Annual report on the working of the lock hospitals in the Central Provinces
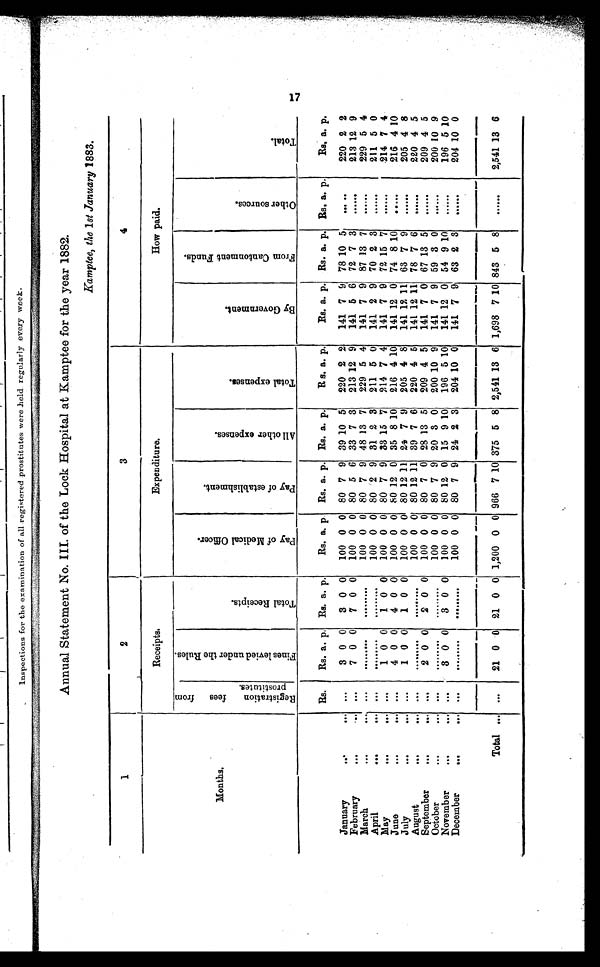
inspections for the examination of all -registered prostitutes were held regularly every week.
Annual Statement No. III. of the Lock Hospital at Kamtee for the year 1882.
Kamptee, the 1 st January 1883.
1
2
3
4
Months. .
Receipts.
Expenditure.
How paid.
R e g i s t r a t i o n f e e s f r o m p r o s t i t u t e s .
F i n e s l e v i e d u n d e r t h e R u l e s .
.
Total Receipts
P a y o f M e d i c a l O f f i c e r .
P a y o f e s t a b l i s h m e n t .
A l l o t h e r e x p e n s e s .
T o t a l e x p e n s e s .
B y G o v e r n m e n t .
F r o m C a n t o n m e n t F u n d s .
O t h e r S o u r c e s .
T o t a l .
Rs.
Rs. a p. Rs. a. p.
Rs. a. p Rs. a. p. Rs. a. p.
R s. a. p.
Rs. a. p. Rs. a. p. Rs. a. p.
Rs. a. p.
January
. . .
... ...
3 0 0
3 0 0
100 0 0 80 7 9 39 10 5
220 2 2
141 7 9 78 10 5
.....
220 2 2
February
. . .
... ...
7 0 0
7 0 0
100 0 0 80 5 6 33 7 3
213 12 9
141 5 6 72 7 3
......
213 12 9
March
–.
.– –.
100 0 0 80 7 9 48 13 7
229 5 4
141 7 9 87 13 7
......
229 5 4
April
. . .
. . . ...
100 0 0 80 2 9 31 2 3 211 5 0
141 2 9 70 2 3
......
211 5 0
May
004
. 0 .
.. . t
1 0 0
1 0 0
100 0 0 80 7 9 33 15 7 214 7 4
141 7 9 72 15 7
......
214 7 4
June
...
4 0 0
4 0 0
100 0 0 80 12 0 35 8 10
216 4 10
141 12 0 74 8 10
.....
216 4 10
July
. . .
... ...
1 0 0
1 0 0
100 0 0 80 12 11 21 7 9
205 4 8
141 12 11 63 7 9
......
205 4 8
August
–
.
–
100 0 0 80 12 11 39 7 6
220 4 5
141 12 11 78 7 6
......
220 4 5
September
...
... ...
2 0 0
2 0 0
100 0 0 80 7 0 28 13 5 209 4 5
141 7 0 67 13 5
......
209 4 5
October
–.
.– –.
–.–.–.
100 0 0 80 7 9 20 3 0
200 10 9
141 7 9 59 3 0
......
200 10 9
November
...
... ...
3 0 0
3 0 0
100 0 0 80 12 0 15 9 10
196 5 10
141 12 0 54 9 10
.. . ...
196 5 10
December
...
.– –.
100 0 0
.........
80
Omme..........
7 9 24 2 3
MilliSCOMIlilln
20410 0
"me
141
....m. ..................
7 9 63
–
2 3
......
.....
204 10 0
Total ...
..
. . .n
n
. . .n
...
..1n0
21 0
ammo.
0
amarn.n . .
n
21 0
...
0
.— ...N.n11; n
1,200 0 0 966 7 10
.11.11MENIMOM.
375 5 8 2,541 13 6 1,698 7 10 843
,
5 8
......
2,541 13 6